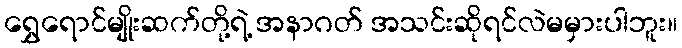
ရွှေရောင်မျိုးဆက်တို့ရဲ့ အနာဂတ် အသင်းဆိုရင်လဲမမှားပါဘူး။